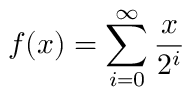
f ( x ) = \sum _ { i = 0 } ^ { \infty } { \frac { x } { 2 ^ { i } } }